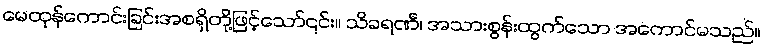
မေထုန်ကောင်းခြင်းအစရှိတို့ဖြင့်သော်၎င်း။ သိခရဏီ၊ အသားစွန်းထွက်သော အကောင်မသည်။